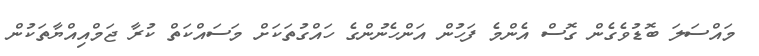
މައްސަލަ ބޮޑުވެގެން ގޮސް އެންމެ ފަހުން އަންހެނުންގެ ހައްގުތަކަށް މަސައްކަތް ކުރާ ޖަމްއިއްޔާތަކުން